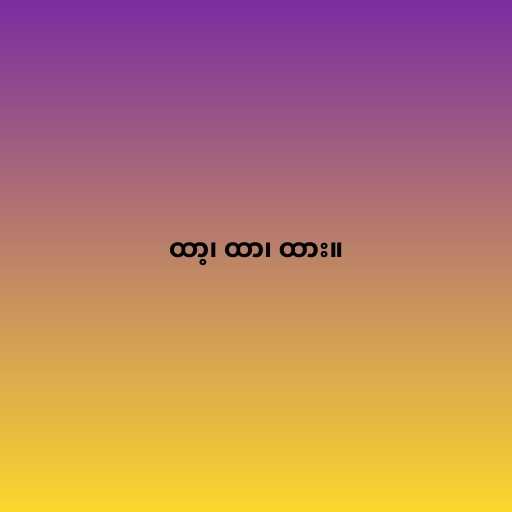
ထာ့၊ ထာ၊ ထား။